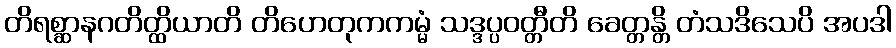
တိရစ္ဆာနဂတိတ္ထိယာတိ တိဟေတုကကမ္မံ သဒ္ဒပ္ပဝတ္တီတိ ခေတ္တန္တိ တံသဒိသေပိ အပဒါ